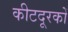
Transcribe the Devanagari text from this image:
कीटदूरकों